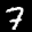
Label: 7